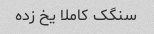
سنگک کاملا یخ زده